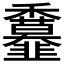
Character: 𩐖